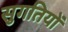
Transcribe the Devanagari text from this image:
सुगतियों